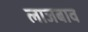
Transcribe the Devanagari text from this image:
लाजबाव